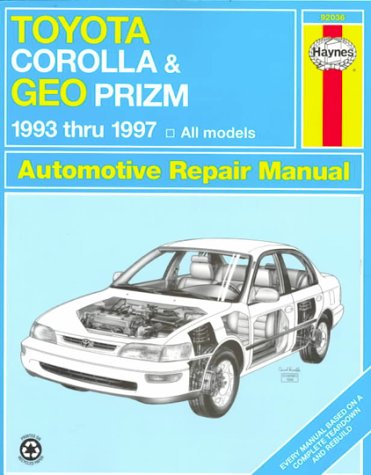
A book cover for Toyota Corolla & Geo Prizm Automotive Repair Manual; Jay Storer; Engineering & Transportation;